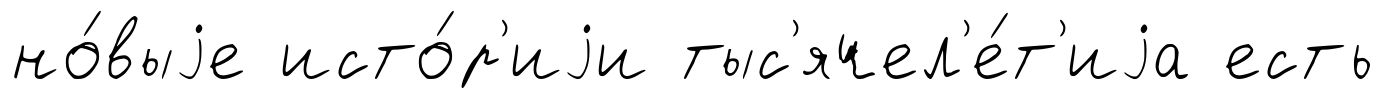
но́выjе исто́р'иjи тыс'ячел'е́т'иjа есть